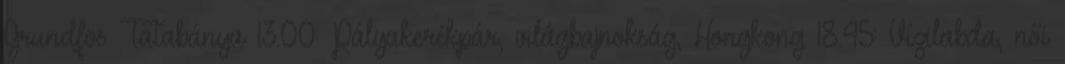
Grundfos Tatabánya 13.00: Pályakerékpár, világbajnokság, Hongkong 18.45: Vízilabda, női